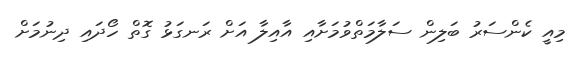
މިއީ ކެންސަރު ބަލިން ސަލާމަތްވުމަށާއި އާއިލާ އަށް ރަނގަޅު ގޮތް ހޯދައި ދިނުމަށް